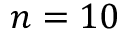
n = 1 0